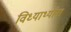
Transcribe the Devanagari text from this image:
विध्यार्थ्याना